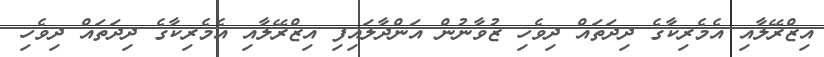
އިޒްރޭލާއި އެމެރިކާގެ ދިދަތައް ދިވެހި ޒުވާނުން އަންދާލައިފި އިޒްރޭލާއި އެމެރިކާގެ ދިދަތައް ދިވެހި